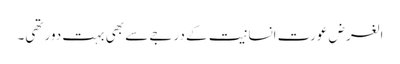
الغرض عورت انسانیت کے درجے سے بھی بہت دور تھی۔